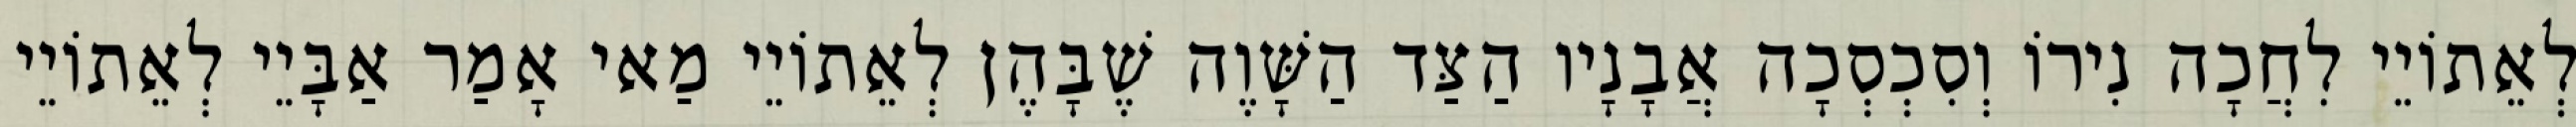
לְאֵתוֹיֵי לִחֲכָה נִירוֹ וְסִכְסְכָה אֲבָנָיו הַצַּד הַשָּׁוֶה שֶׁבָּהֶן לְאֵתוֹיֵי מַאי אָמַר אַבָּיֵי לְאֵתוֹיֵי